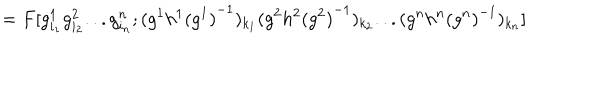
= F [ g _ { i _ { 1 } } ^ { 1 } g _ { i _ { 2 } } ^ { 2 } . . . g _ { i _ { n } } ^ { n } ; ( g ^ { 1 } h ^ { 1 } { ( g ^ { 1 } ) } ^ { - 1 } ) _ { k _ { 1 } } ( g ^ { 2 } h ^ { 2 } { ( g ^ { 2 } ) } ^ { - 1 } ) _ { k _ { 2 } } . . . ( g ^ { n } h ^ { n } { ( g ^ { n } ) } ^ { - 1 } ) _ { k _ { n } } ]